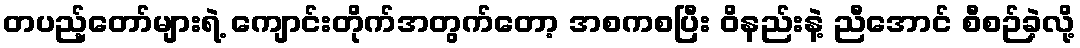
တပည့်တော်များရဲ့ ကျောင်းတိုက်အတွက်တော့ အစကစပြီး ဝိနည်းနဲ့ ညီအောင် စီစဉ်ခဲ့လို့